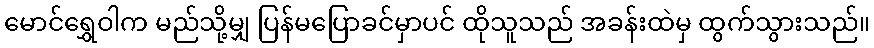
မောင်ရွှေဝါက မည်သို့မျှ ပြန်မပြောခင်မှာပင် ထိုသူသည် အခန်းထဲမှ ထွက်သွားသည်။